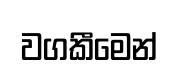
වගකීමෙන්